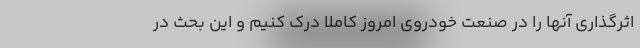
اثرگذاری آنها را در صنعت خودروی امروز کاملا درک کنیم و این بحث در